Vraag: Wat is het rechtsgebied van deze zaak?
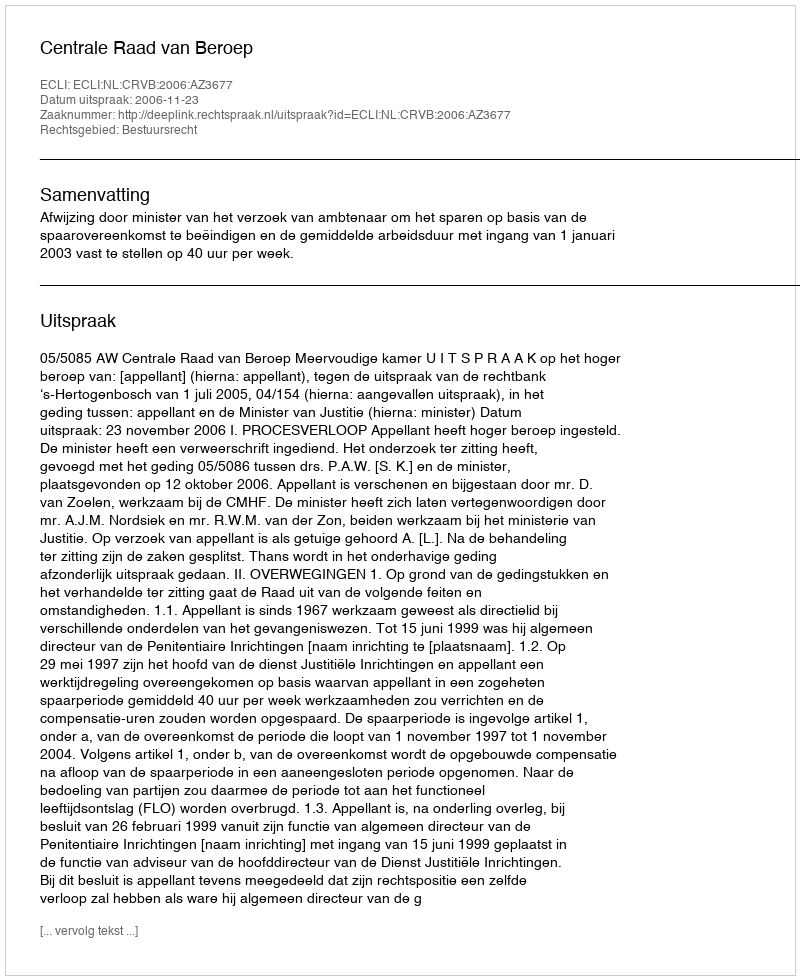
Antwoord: Bestuursrecht